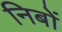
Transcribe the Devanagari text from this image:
निबों